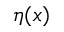
\eta ( x )